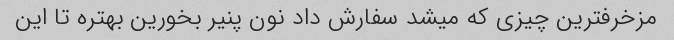
مزخرفترین چیزی که میشد سفارش داد نون پنیر بخورین بهتره تا این